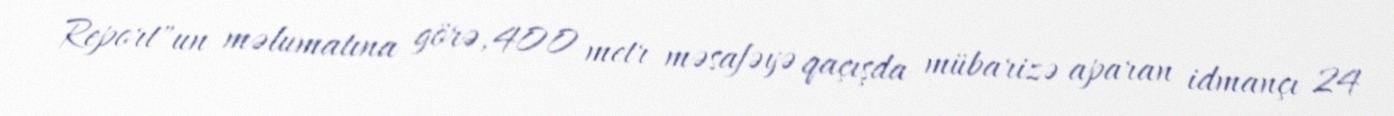
Report"un məlumatına görə, 400 metr məsafəyə qaçışda mübarizə aparan idmançı 24